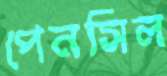
পেনসিল